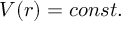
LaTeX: V ( { \boldsymbol { r } } ) = c o n s t .